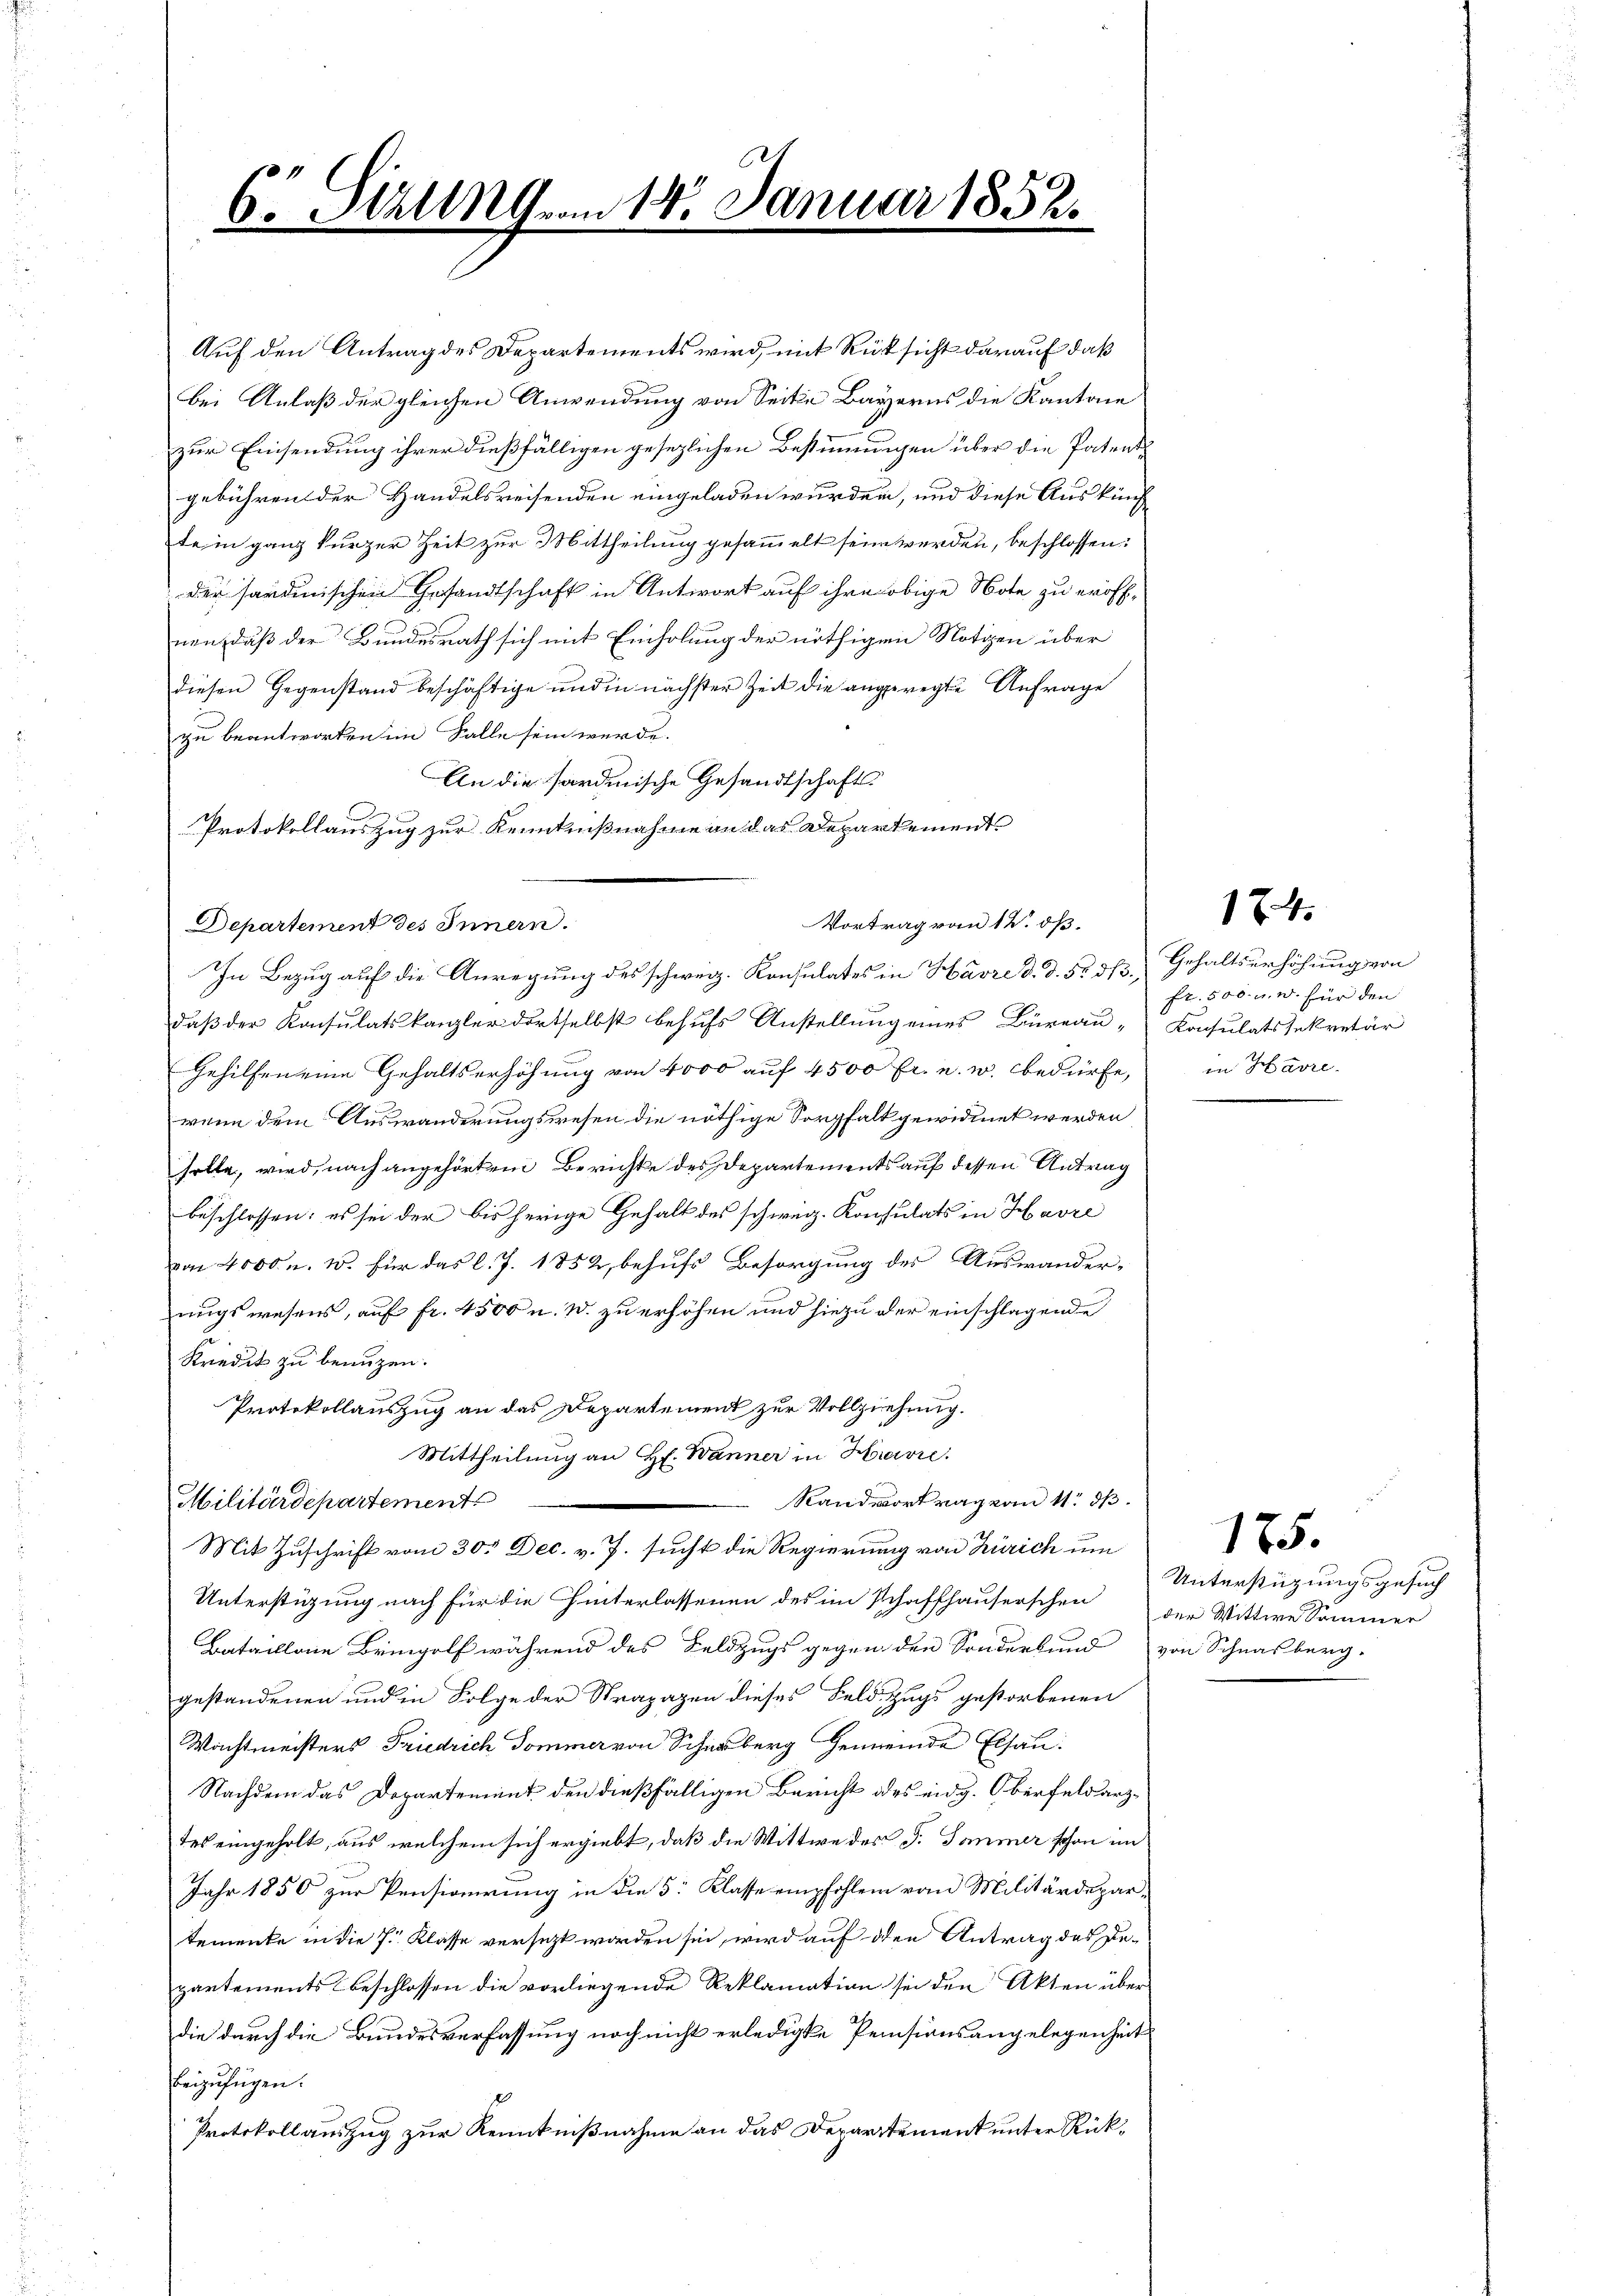
Sizungen 14. Januar 1852.
6.
d
r

Auf den Antrag des Departements wird, mit Rücksicht darauf, daß
bei Anlaß der gleichen Anwendung von Seite Bayerns die Kantone
zur Einsendung ihrer dießfälligen gesezlichen Bestimmungen über die Patentgebühren der Handelsreisenden eingeladen wurden, und diese Auskünf
te in ganz kurzer Zeit zur Mittheilung gesammelt sein werden, beschlossen:
der sandinischen Gesandtschaft in Antwort auf ihre obige Note zu eröffnen daß der Bundesrath sich mit Einholung der nöthigen Notizen über
diesen Gegenstand beschäftige und in nächster Zeit die angeregte Anfrage
zu beantworten im Falle sein werde.
An die Sardinische Gesandtschafts-
Protokollauszug zur Kenntnißnahme an das Departement
Departement des Innern.
In Bezug auf die Anregung des schweiz. Konsulates in Havre d. d. 5. d. Gehaltserhöhung von
daß der Konsulatskanzler dortselbst behufs Anstellung eines Büreau Konsulatssekretär
Gehilfen eine Gehaltserhöhung von 4000 auf 4500 fr. u. w. bedürfe, in Havre
wenn dem Auswanderungswesen die nöthige Sorgfalt gewidmet werden
solle, wird, nach angehörtem Berichte des Departements auf dessen Antrag
beschlossen: es sei der bisherige Gehalt des schweiz. Konsulats in Havre
von 4000 u. W. für das l. J. 1852, behufs Besorgung des Auswander-
uugswesens, auf fr. 4500 u. W. zu erhöhen und hiezu der einschlagende
Kredit zu benuzen.
Protokollauszug an das Departement zur Vollziehung.
Mittheilung an H. Banner in Havre
Randvortrag von 11. d.
Militärdepartement
Mit Zuschrift vom 30. Dec. v. J. sucht die Regierung von Zürich um
Unterstüzung nach für die Hinterlassenen des im Schaffhauserschen der Wittwe Sommer
Bataillone Bringolf während des Feldzugs gegen den Sonderbund von Schnasberg.
gestandenen und in Folge der Strapazen dieses Feldzugs gestorbenen
Wachtmeisters Friedrich Sommer von Scherberg Gemeinde Elsau.
Nachdem das Departement den dießfälligen Bericht des eidg. Oberfeldarztes eingeholt, aus welchem sich ergiebt, daß die Wittwe des J. Sommer schon im
Jahr 1850 zur Pensionirung in die 5: Klasse empfohlen vom Militärdepartemente in die 7 Klasse versezt worden sei, wird auf den Antrag des Bepartements beschlossen die vorliegende Reklamation sei den Akten überdie durch die Bundesverfassung noch nicht erledigte Pensionsangelegenheit
beizufügen.
Protokollauszug zur Kenntnißnahme an das Departement unter Rük¬

Vortrag von 12. dß.

Fr. 500. u. w. für den

17.4.

Unterstüzungsgesuch

175.